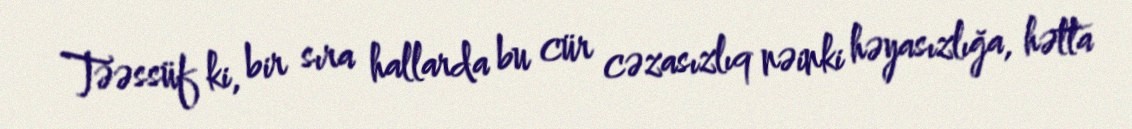
Təəssüf ki, bir sıra hallarda bu cür cəzasızlıq nəinki həyasızlığa, hətta